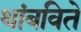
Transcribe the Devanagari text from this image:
थांबविते